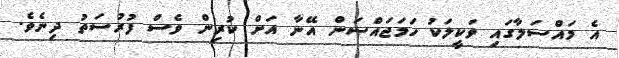
އެ މައްސަލާގައި ވަކީލަކު ހަމަޖައްސަން އޭނާ އަށް ކުރިން ވެސް ފުރުސަތު ދިނެވެ.